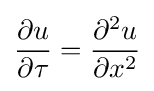
{\frac {\partial u}{\partial \tau }}={\frac {\partial ^{2}u}{\partial x^{2}}}